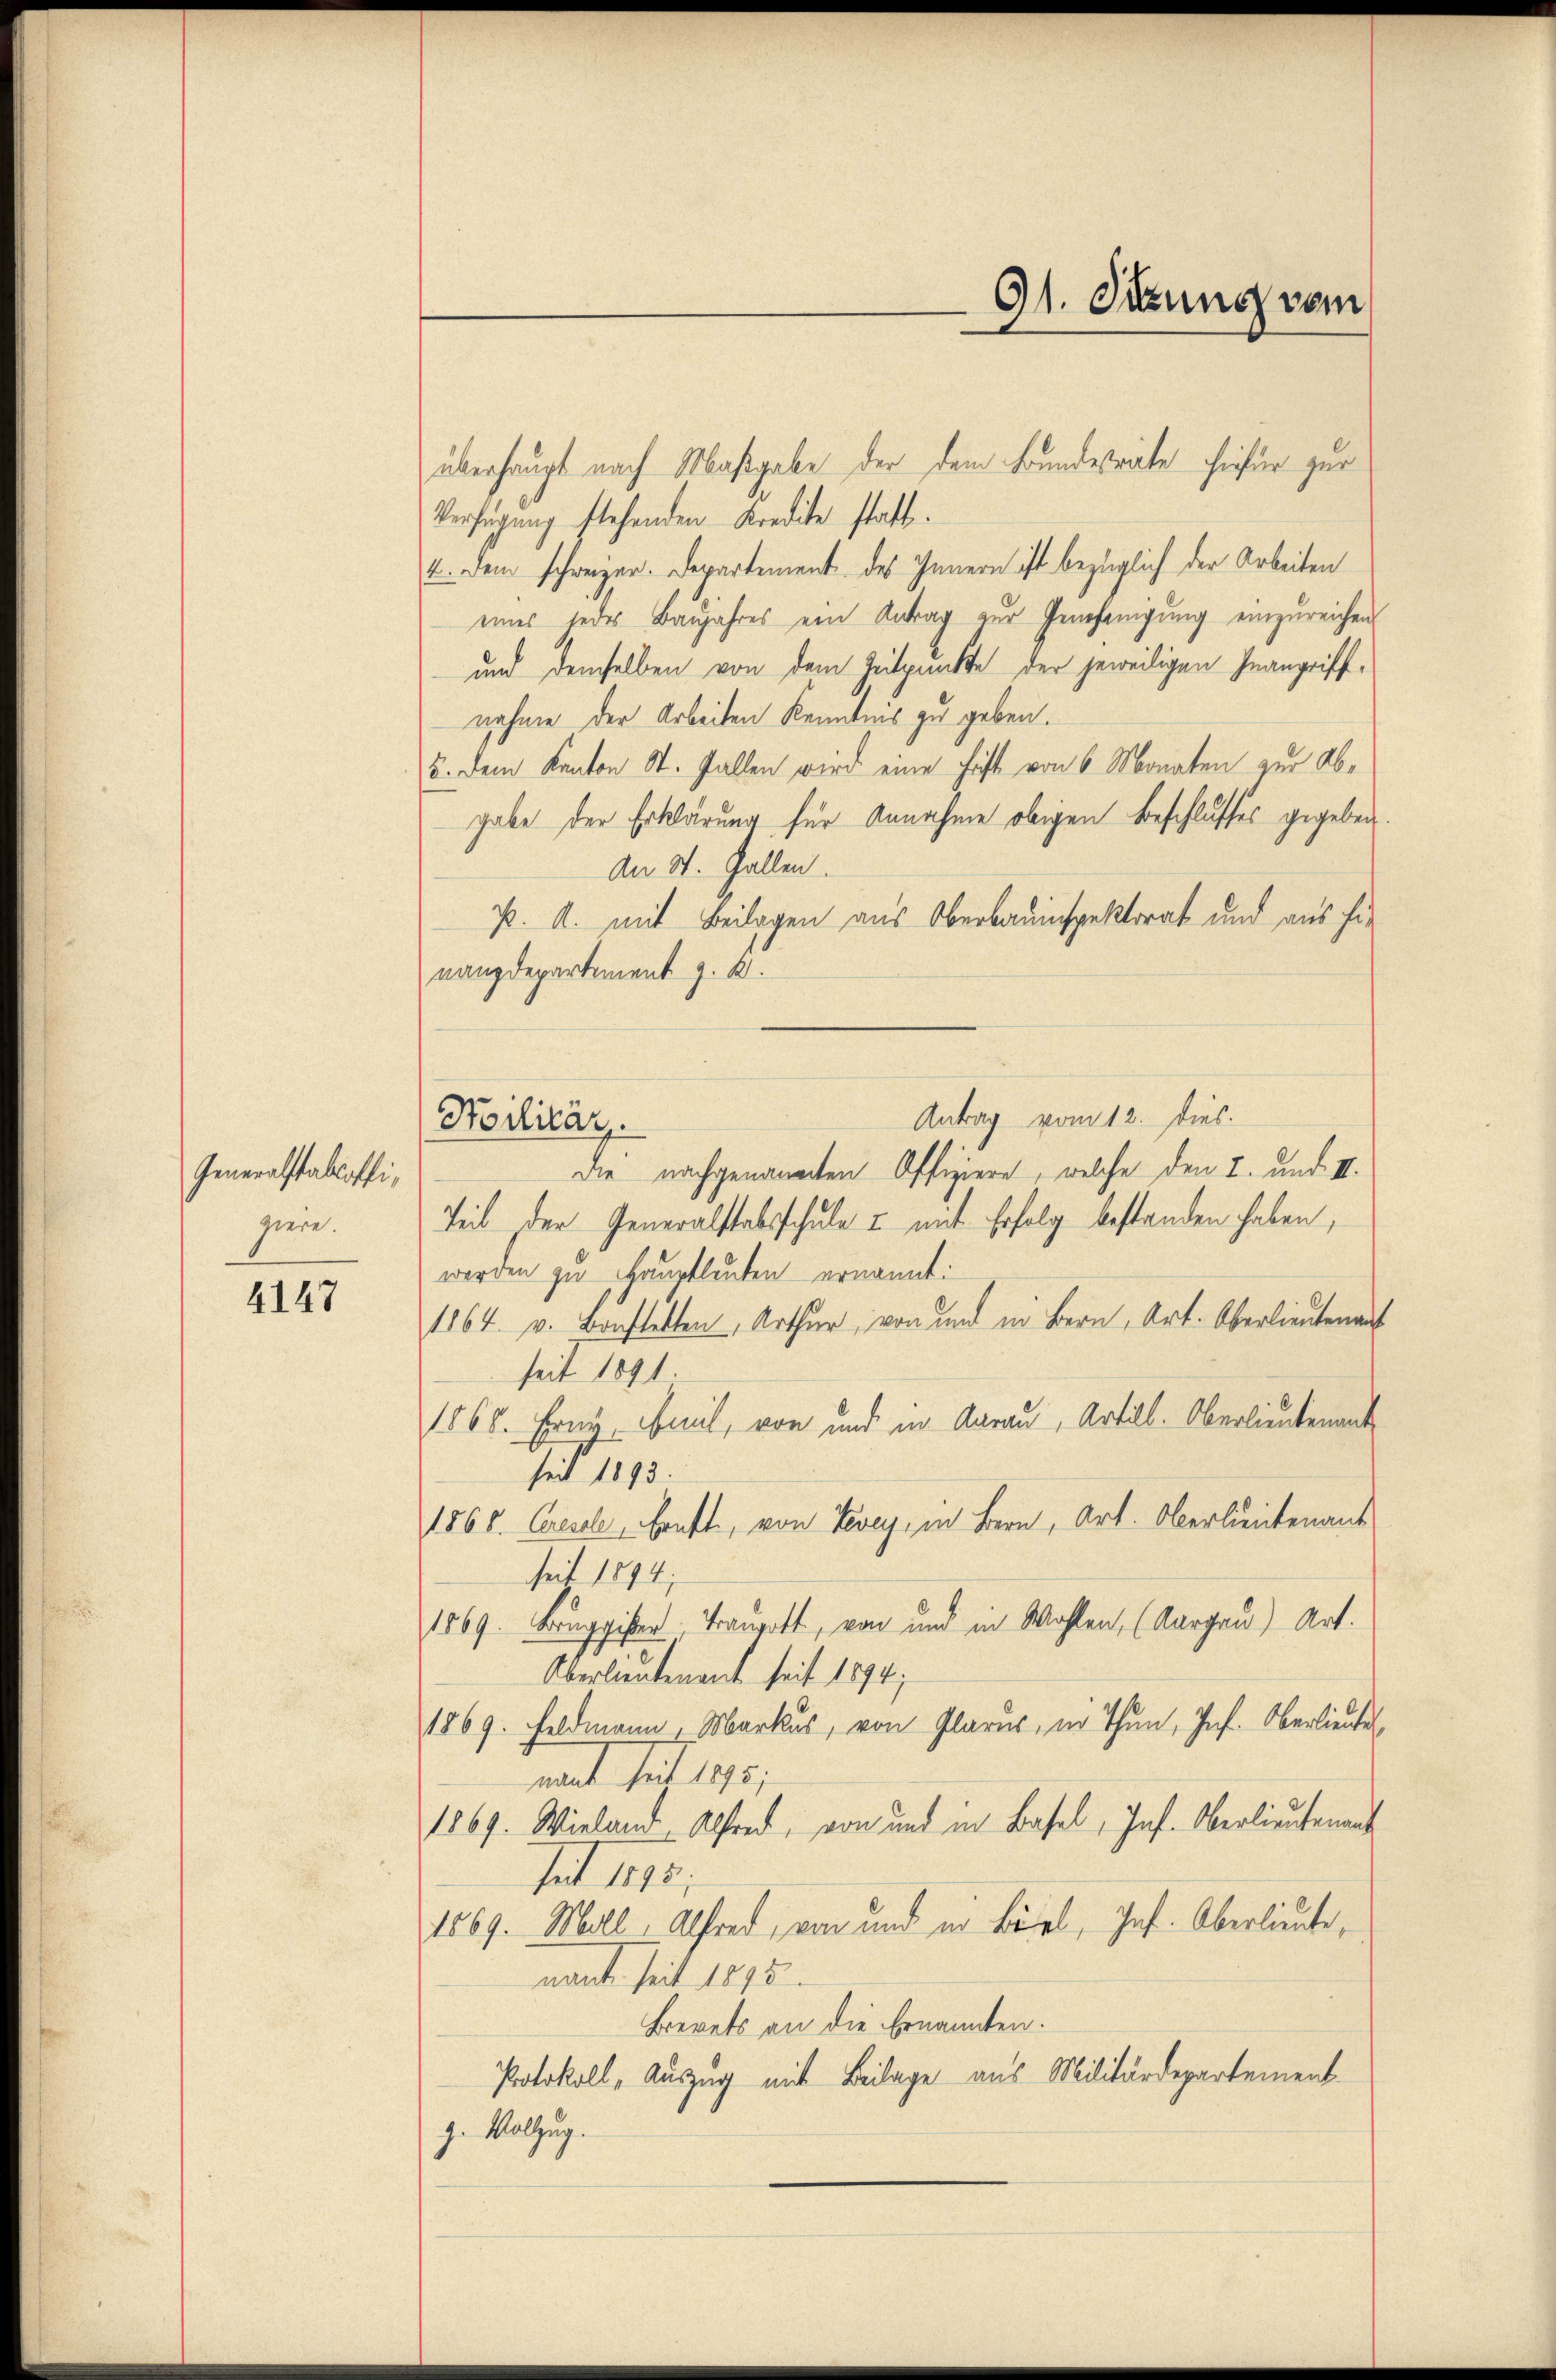
Generalstabsoffipiere.

4147

91. Sitzung vom

Hoilitär.

Verfügung stehenden Kredite statt.
4. Dem schweizer. Departement des Innern ist bezüglich der Arbeiten
eines jedes Baŭjahres ein Antrag zur Genehmigung einzureichen
und demselben von dem Zeitpunkte der jeweiligen Inangriffnahme der Arbeiten Kenntnis zu geben.
u. dem Kanton St. Gallen wird eine Fast von 6 Monaten zur Abgabe der Erklärung für Annahme obigen Beschlusses gegeben.
An St. Gallen.
p. A. mit Beilagen aus Oberbauinspektorat und aus hie
nanzdepartement z. B.
Antrag vom 12. Dies
Die nachgenannten Offiziere, welche den 2. und III.
Teib der Generalstabsschule & mit Erfolg bestanden haben,
werden zu Hauptleuten ernannt:
1864. v. Bonstalten, Arthur, von und in Bern, Art. Oberlieutenant
seit 1891
1868. Erne mit, von und in Aarau, Artill. Oberlieutenant
seit 1893.
1868. Cresele, ruft, von Vevey, in Bern, Art. Oberlieutenant
seit 1894;
1869. Bruggister Tangott, von und in Wohlen, (Aargau) Art.
Oberlieutenant seit 1894;
1869. Feldmann. Markus, von Glarus, in Thun, Inf. Oberlieute
nach sit 1875;
1869. Wieland Alfred, von und in Basel, Inst. Oberlieutenant
seit 1893.
1569. Moll, Alfred, von und in Biel, Jos. Oberlieute,
nant seit 1875.
Brevets an die Ernannten.
Protokoll, Auszug mit Beilage aus Militärdepartement
g. Vollzug.

überhaupt nach Maßgabe der dem Bunderäte hiefür zur